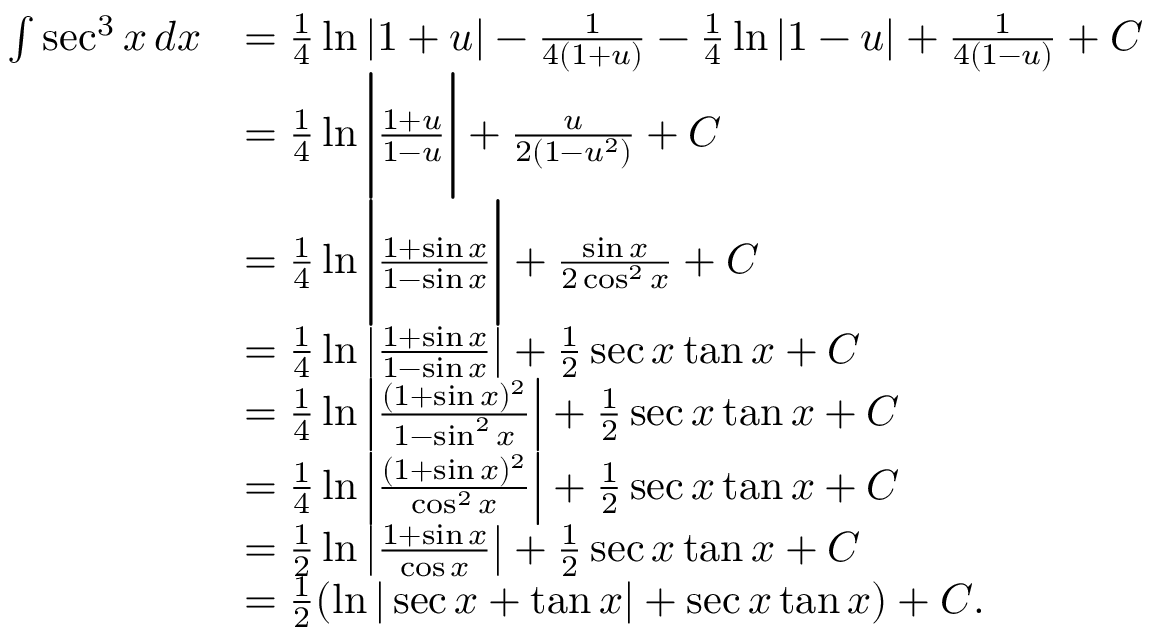
{ \begin{array} { r l } { \int \sec ^ { 3 } x \, d x } & { = { \frac { 1 } { 4 } } \ln | 1 + u | - { \frac { 1 } { 4 ( 1 + u ) } } - { \frac { 1 } { 4 } } \ln | 1 - u | + { \frac { 1 } { 4 ( 1 - u ) } } + C } \\ & { = { \frac { 1 } { 4 } } \ln { \Biggl | } { \frac { 1 + u } { 1 - u } } { \Biggl | } + { \frac { u } { 2 ( 1 - u ^ { 2 } ) } } + C } \\ & { = { \frac { 1 } { 4 } } \ln { \Biggl | } { \frac { 1 + \sin x } { 1 - \sin x } } { \Biggl | } + { \frac { \sin x } { 2 \cos ^ { 2 } x } } + C } \\ & { = { \frac { 1 } { 4 } } \ln \left| { \frac { 1 + \sin x } { 1 - \sin x } } \right| + { \frac { 1 } { 2 } } \sec x \tan x + C } \\ & { = { \frac { 1 } { 4 } } \ln \left| { \frac { ( 1 + \sin x ) ^ { 2 } } { 1 - \sin ^ { 2 } x } } \right| + { \frac { 1 } { 2 } } \sec x \tan x + C } \\ & { = { \frac { 1 } { 4 } } \ln \left| { \frac { ( 1 + \sin x ) ^ { 2 } } { \cos ^ { 2 } x } } \right| + { \frac { 1 } { 2 } } \sec x \tan x + C } \\ & { = { \frac { 1 } { 2 } } \ln \left| { \frac { 1 + \sin x } { \cos x } } \right| + { \frac { 1 } { 2 } } \sec x \tan x + C } \\ & { = { \frac { 1 } { 2 } } ( \ln | \sec x + \tan x | + \sec x \tan x ) + C . } \end{array} }